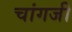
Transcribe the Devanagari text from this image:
चांगजी